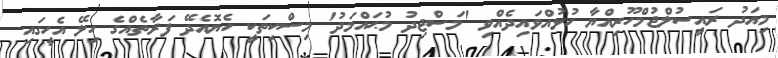
މިއަދު ރައީސުލްޖުމްހޫރިއްޔާ ހުޅުއްވައިދެއްވި 'މަސްޖިދު މުޙައްމަދު' މިސްކިތަކީ ހެޔޮއެދޭ ފަރާތެއްގެ ހިލޭ އެހީގައި